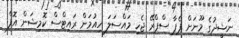
ނަޝީދުގެ މޫނަށް ޕެޕާ ސްޕްރޭ ޖެހި މައްސަލަ ހިއުމަން ރައިޓްސް ކޮމިޝަން އޮފް